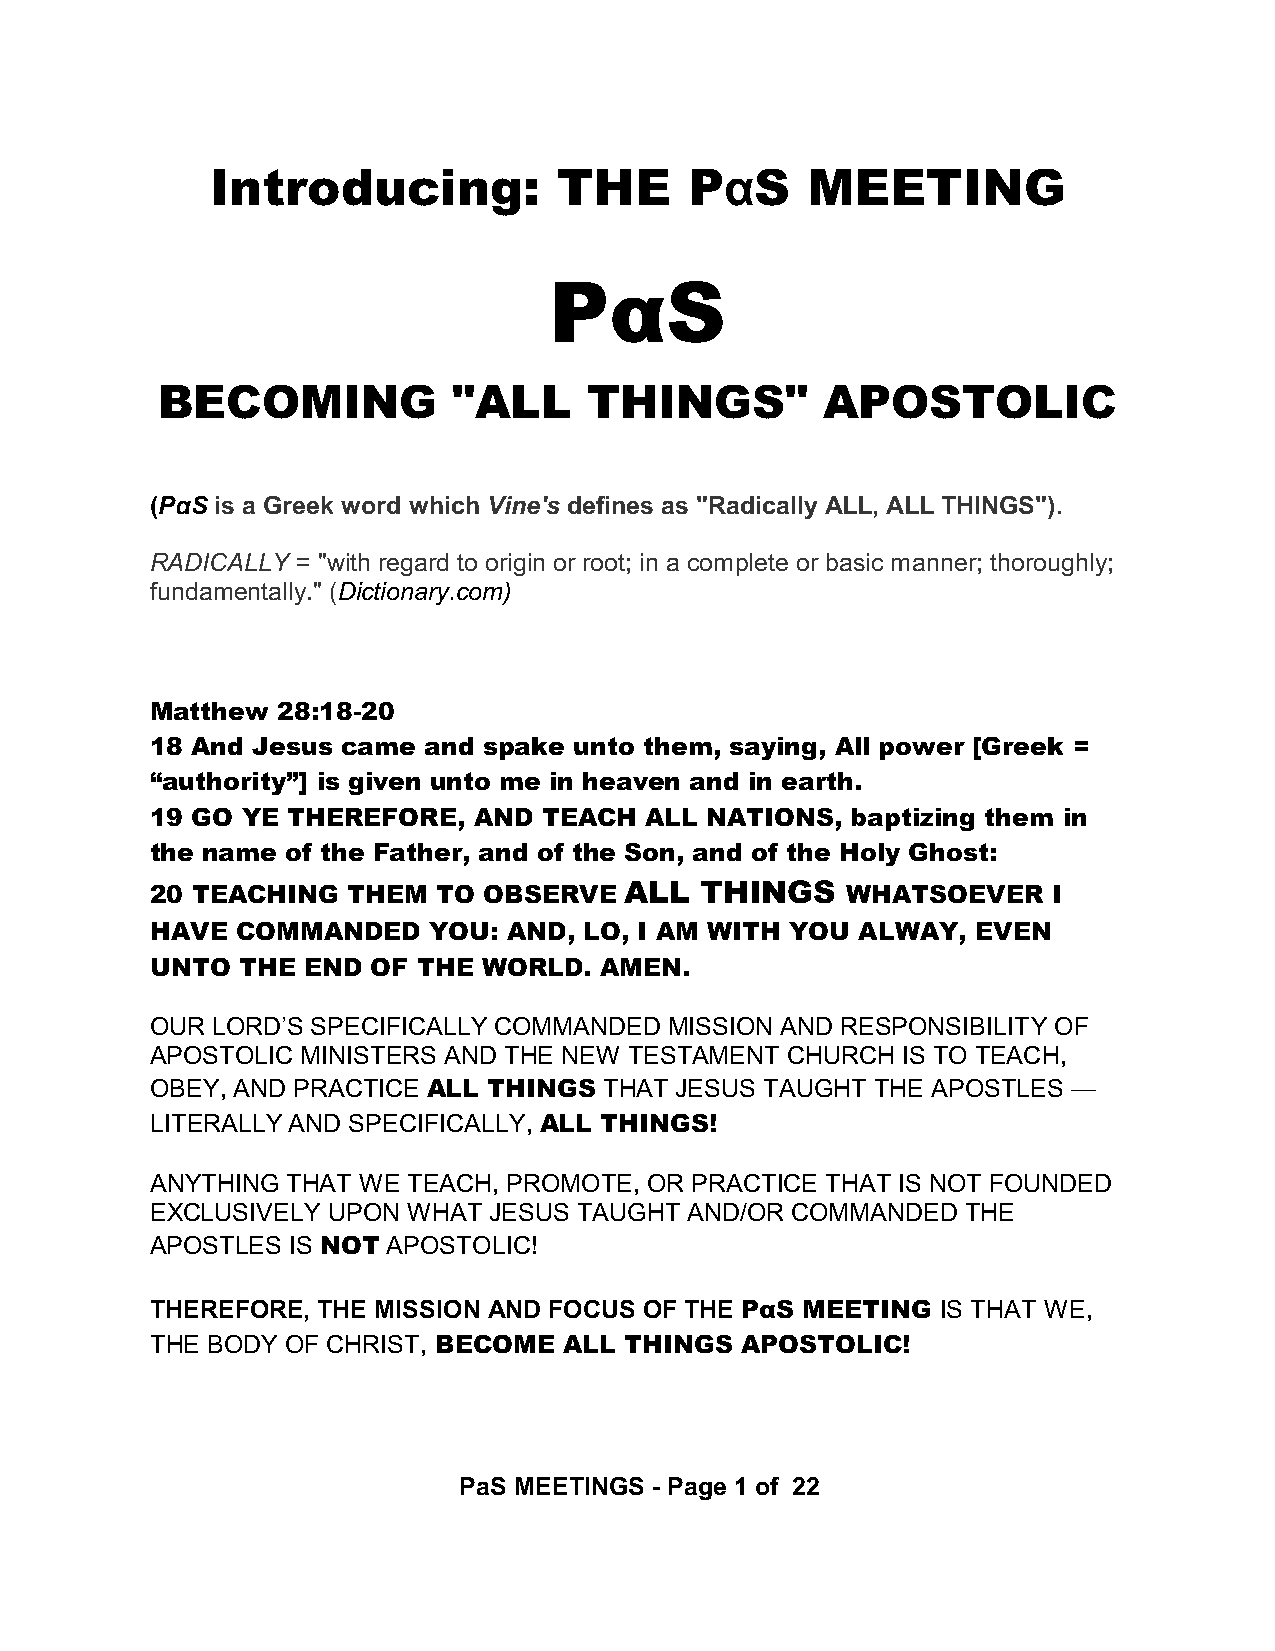
Introducing:           THE      PáS    MEETING
 PáS
 BECOMING            "ALL     THINGS"        APOSTOLIC
 (PáS is a Greek word which Vine's defines as "Radically ALL, ALL THINGS").
 RADICALLY = "with regard to origin or root; in a complete or basic manner; thoroughly;
 fundamentally." (Dictionary.com)
 Matthew 28:18-20
 18 And Jesus came and spake unto them, saying, All power [Greek =
 “authority”] is given unto me in heaven and in earth.
 19 GO YE THEREFORE,  AND  TEACH  ALL NATIONS, baptizing them in
 the name of the Father, and of the Son, and of the Holy Ghost:
 20 TEACHING  THEM  TO OBSERVE  ALL  THINGS    WHATSOEVER    I
 HAVE  COMMANDED   YOU:  AND, LO, I AM WITH YOU ALWAY,  EVEN
 UNTO  THE END  OF THE WORLD.  AMEN.
 OUR LORD’S SPECIFICALLY COMMANDED MISSION AND RESPONSIBILITY OF
 APOSTOLIC MINISTERS AND THE NEW TESTAMENT CHURCH  IS TO TEACH,
 OBEY, AND PRACTICE ALL THINGS THAT JESUS TAUGHT THE APOSTLES —
 LITERALLY AND SPECIFICALLY, ALL THINGS!
 ANYTHING THAT WE TEACH, PROMOTE, OR PRACTICE THAT IS NOT FOUNDED
 EXCLUSIVELY UPON WHAT JESUS TAUGHT AND/OR COMMANDED   THE
 APOSTLES IS NOT APOSTOLIC!
 THEREFORE, THE MISSION AND FOCUS OF THE PáS MEETING IS THAT WE,
 THE BODY OF CHRIST, BECOME ALL THINGS  APOSTOLIC!
 PaS MEETINGS - Page 1 of 22